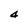
Character: 4